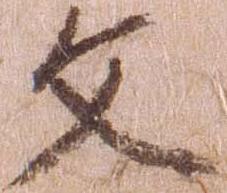
文